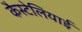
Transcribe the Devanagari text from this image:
कैस्टेलियाई